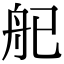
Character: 𬜒